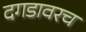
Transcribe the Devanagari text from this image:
दगडावरच